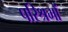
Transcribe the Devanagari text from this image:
परिश्रमों